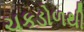
ચકડોળથી